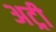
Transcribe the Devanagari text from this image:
अट्री